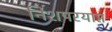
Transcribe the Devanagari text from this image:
निशपरयाप्त